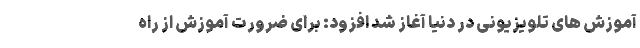
آموزش های تلویزیونی در دنیا آغاز شد افزود: برای ضرورت آموزش از راه